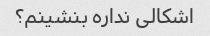
اشکالی نداره بنشینم؟